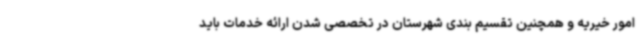
امور خیریه و همچنین تقسیم بندی شهرستان در تخصصی شدن ارائه خدمات باید